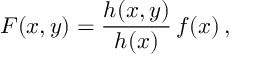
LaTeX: F ( x , y ) = \frac { h ( x , y ) } { h ( x ) } \, f ( x ) \, ,